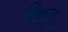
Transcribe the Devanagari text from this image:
किवु